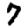
Digit: 7